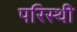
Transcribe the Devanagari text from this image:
परिस्थी